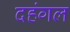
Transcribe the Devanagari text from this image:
दहंगल